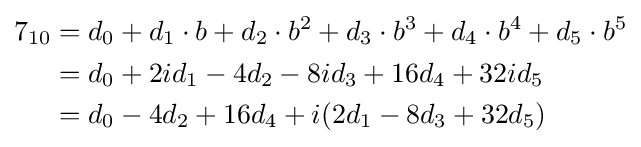
{\begin{aligned}7_{10}&=d_{0}+d_{1}\cdot b+d_{2}\cdot b^{2}+d_{3}\cdot b^{3}+d_{4}\cdot b^{4}+d_{5}\cdot b^{5}\\&=d_{0}+2id_{1}-4d_{2}-8id_{3}+16d_{4}+32id_{5}\\&=d_{0}-4d_{2}+16d_{4}+i(2d_{1}-8d_{3}+32d_{5})\\\end{aligned}}